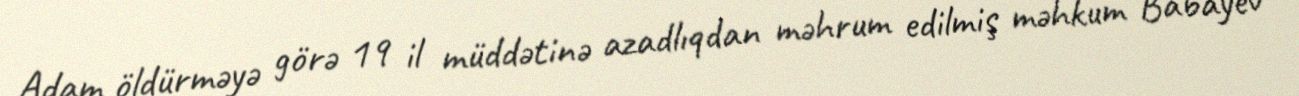
Adam öldürməyə görə 19 il müddətinə azadlıqdan məhrum edilmiş məhkum Babayev